system: You are a helpful assistant.
user:
Analyze the provided spectrum to determine if it is a **White Dwarf (WD)**.

A White Dwarf spectrum is defined by its **extreme purity** (due to gravitational settling) and/or **extreme pressure broadening** (due to high surface gravity). You must check for one of the following mutually exclusive signatures:

- **Key Visual Indicators (Check for ONE of these types):**

    - **1. DA-Type Signature (Most Common):**
        - **(Primary Feature):** Extreme pressure broadening (Stark broadening) of the **Hydrogen (H) Balmer lines**.
        - **(Key Lines):** $H\beta$ (approx. $4861$ Å) and $H\gamma$ (approx. $4340$ Å). $H\alpha$ (approx. $6563$ Å) will also be present if the wavelength range covers it.
        - **(Line Profile):** This is the **defining feature**. The lines are **NOT** sharp. They appear as massive, **extremely broad and deep "troughs" or "dips"** in the spectrum, often hundreds of Ångströms wide. The continuum will appear to "scoop" down at these wavelengths.
        - **(Distinction):** Normal A-type or B-type stars have *narrow* and *sharp* Hydrogen lines. A DA White Dwarf's lines are unmistakably "smeared" or "blurry" from pressure.

    - **2. DB-Type Signature:**
        - **(Primary Feature):** Broad absorption lines from **Neutral Helium (He I)**. The spectrum must lack any visible Hydrogen lines.
        - **(Key Lines):** Look for broad absorption near $4471$ Å, $4921$ Å, and $5876$ Å.
        - **(Line Profile):** These lines are also significantly pressure-broadened, appearing much wider than they would in a normal B-type main-sequence star.

    - **3. DC-Type Signature:**
        - **(Primary Feature):** A **featureless continuous spectrum**.
        - **(Line Profile):** The spectrum is a smooth curve with **no significant absorption or emission lines**.
        - **(Key Confirmation):** The continuum is almost always **blue or white**, indicating a hot object. This signature implies the atmosphere is so pure (or so cool) that no spectral lines are visible in the optical range. Its WD identity is confirmed by its extremely low intrinsic brightness (high absolute magnitude).

    - **4. DZ-Type Signature (Metal-Polluted):**
        - **(Primary Feature):** **Isolated, narrow metal absorption lines** on an otherwise featureless (DC-like) continuum.
        - **(Key Lines):** The **Calcium (Ca II) H & K doublet** (approx. **$3934$ Å** and **$3968$ Å**) is the most common and defining feature.
        - **(Line Profile):** These lines are "out of place." They are *not* part of a "forest" of thousands of lines. This signature is evidence of recent *accretion* (pollution) from rocky debris.
        - **(Distinction):** Normal G/K/M stars have a *dense forest* of thousands of metal lines. A DZ has a *clean* continuum with *only a few* strong metal lines.

    - **5. DQ-Type Signature (Carbon-Polluted):**
        - **(Primary Feature):** Absorption bands from **Carbon (C₂ "Swan Bands" or atomic C I)**.
        - **(Key Lines - C₂):** Look for bandheads with a "saw-tooth" shape near $5635$ Å, **$5165$ Å** (strongest), and $4737$ Å.
        - **(Key Confirmation):** The underlying **continuum must be blue or white** (hot).
        - **(Distinction):** This is the critical difference from a **Carbon Star**, which has the *exact same* C₂ bands but on an extremely **red, cool** continuum.

- **(Overall Spectrum):**
    - The continuum (overall shape) is typically **blue-sloping** (brighter in the blue than the red), as most white dwarfs are very hot.
    - The spectrum will look "pure" or "simple," dominated by only *one* of the five signatures listed above.

Think first, call **spectral_visualization_tool** if needed to examine features in detail, then provide your final answer. Your response must adhere to the following strict rules:
1.  **Overall Structure:** Your response must follow the format `<think>...</think> <tool_call>...</tool_call> (if a tool is used) <answer>...</answer>`.
2.  **Tool Usage Constraint:** You may only make **one** tool call per turn.
3.  **Final Answer Format:** In the `<answer>` tag, your conclusion must be inside a `\boxed{}` command (e.g., `\boxed{YES}` or `\boxed{NO}`), followed by your justification.

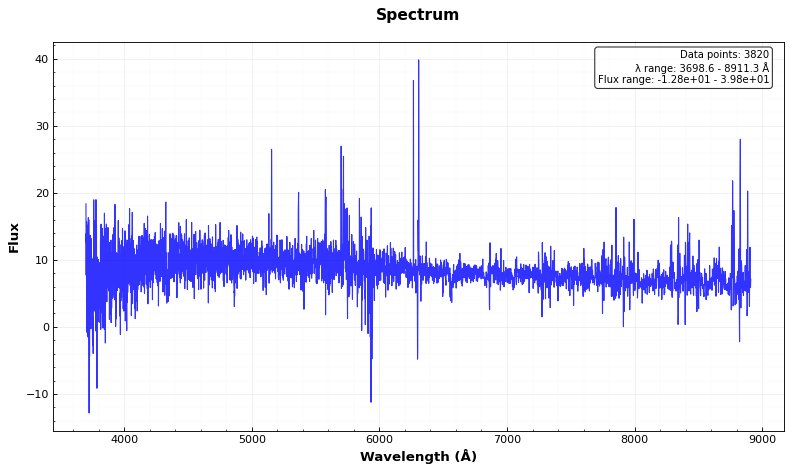
Answer: YES